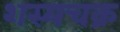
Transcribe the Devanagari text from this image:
शस्यचक्र